Calcutta medical institutions reports 1871-78
Year: 1871
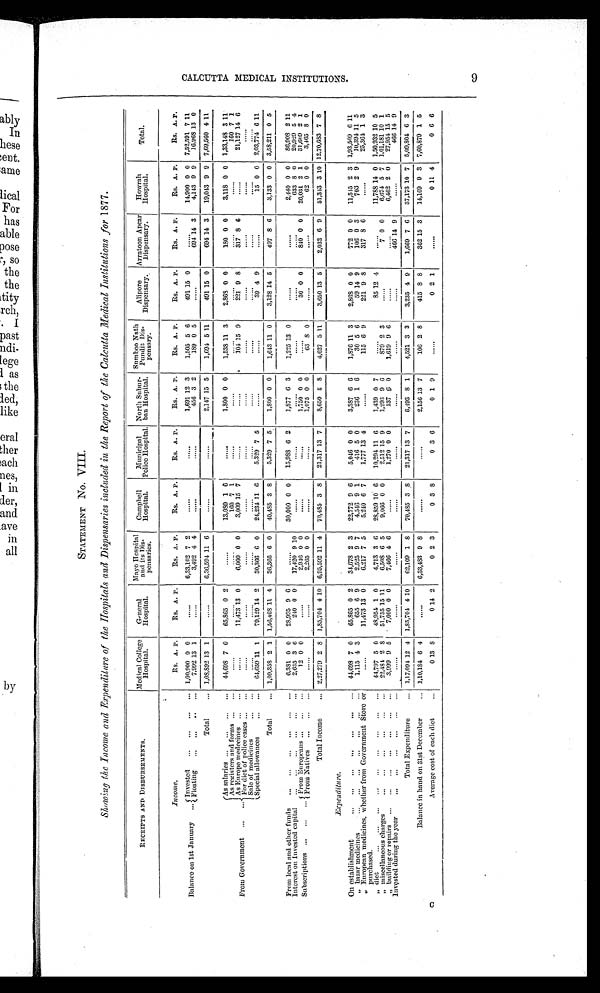
STATEMENT No. VIII.
Showing the Income and Expendilure of the Hospitals and Dispensaries included in the Report of the Calcytta Medical Institutions for 1877.
RECEIPTS AND DISBURSEMENTS.
Medical College
Hospital.
General
Hospital.
Mayo Hospital
and its Dis-
pensaries.
Campbell
Hospital.
Municipal
Police Hopital.
North Subur-
ban Hospital.
Sumboo Nath
pendit Dis-
pensary.
Alipore
Dispensary.
Arratoon Apcar
Dispensary.
Howrah
Hospital.
Total.
Balance . on 1st January
I n c o m .
R s . A. P.
Rs. A. P.
Rs. A. P.
Ks. A. P.
Rs. A. P.
Rs. A. P.
R S . A. P.
Rs. A. P.
Rs. A. P.
Rs. A. P.
Rs. A.
P .
Invested
1 , 0 0 , 9 0 0 0 0
. . . . . .
6 , 3 3 , 1 0 2 7 2
. . . . . . .
. . . . . .
1,691 12 3
1,505 5 6
491 15 0
. . . . . .
14,900 0 0 7,52,591 7 11
Floating
7 , 9 9 2 1 3 1
. . . . . .
3,492 4 4
. . . . . .
. . . . . . .
456 3 2
189 0 5
. . . . . .
694 14 3
4,143 9 9
1 6 , 9 6 8 13 0
Total
1,08,892 13 1
. . . . . .
6,36,594 11 6
. . . . . .
. . . . . .
2,147 15 5
1,691 5 11
4 9 1 15 0
6 9 4 14 3
19,043 9 9 7,69,560 4 11
From Government
As salaries.
44,698 7 0
65,865 0 2
. . . . . .
13,080 1 6
. . . . . .
1 , 8 0 0 0 0
1,538 11 3
2,868 0 0
1 8 0 0 0
3,118 0 0 1,33,148 3 11
Asregisters and forms medcci
. . . . . .
. . . . . .
. . . . . .
160 7 1
. . . . . .
. . . . . .
. . . . . .
. . . . . .
. . . . . .
. . . . . . .
1 6 0 7
1
As Europe medccines
. . . . . .
11,473 13 0
6,000 0 0
3,009 15 7
. . . . . .
. . . . .
1 0 4 15 9
221 9 8
317 8 6
. . . . . . .
21,127 14 6
For diet of police cases
. . . . . .
. . . . . .
. . . . . .
. . . . . .
. . . . . .
. . . . . .
. . . . . .
. . . . . . .
. . . . . .
Sale of medicines
Special allowances
64,659 11 1
79,129 14 2
30,366 6 0
24,234 11 6
5,329 7 5
. . . . . .
. . . . . .
39 4 9
. . . . . . .
15 0 0 2,03,774 6 11
Total
1,09,358 2 1 1,56,468 11 4
36,366 6 0
40,485 3 8
5,329 7 5
1,800 0 0
1,643 11 0
3,128 14 5
497 8 6
3,133 0 0 3,58,211 0 5
From local and other funds
6 , 3 8 1 0 0
28,995 9 6
. . . . . .
30,000 0 0
15,988 6 2
1,877 6 3
1,225 13 0
. . . . . .
. . . . . .
2,440 0 0
8 6 , 9 0 8 2
1 1
Interest on Invested capital
2,635 3 6
240 0 0
1 7 , 4 2 0 9 10
. . . . . .
. . . . . .
. . . . . . .
. . . . . .
. . . . . .
. . . . . .
6 3 3 8 0
20,929 5 4
Subscriptions
From Europcans
12 0 0
......
2 , 9 4 6 0 0
. . . . . . .
......
1,750 0 0
. . . . . .
3 0 0 0
8 4 0 0 0
26,031 2 1
31,659 2 1
F r o m N a t i v e s
. . . . . . .
. . . . . . .
2,265 0 0
. . . . . .
. . . . . .
1,075 0 0
63 8 0
. . . . . . .
62 0 0
3,465 8 0
Total Income
2,27,279 2 8 1,85,704 4 10 6,95,592 11 4
70,485 3 8
21,317 13 7
8,650 5
8
4,627 5 11
3,650 13 5
2,032 6 9
51,313 3 10
1 2 , 7 0 , 6 8 3 7 8
E x p e n d i t u r e .
On establishment
44,698 7 0
65,865 0 2
34,678 2 3
22,772 9 6
5,046 0 0
3,387 6 6
1,876 11 3
2,868 0 0
772 0 0
11,545 2 3 1,93,509 6 11
„ " bazar medicines
.
...
1,115 4 3
655 6 9
2,525 9 7
4,546 9 1
416 5 0
236 1 6
30 5 6
59 14 9
106 0 3
703 2 9
10,394 11 5
„ European medicines, whether from Government Store or purchased
. . . . . .
11,473 13 0
6,217 7 5
5,240 6 7
1,777 13 4
. . . . . .
115 6 9
221 9 8
317 8 6
.....
25,364 1 3
„ d i e t
44,797 5 0
48,954 1 0
4,713 3 6
28,859 10 6
10,294 11 6
1,439 0 7
. . . . . .
85 12 4
......
11,788 14 0 1,50,932 10 5
„ "miscellaneous charges
2 2 , 4 8 4 2 8
51,755 15 11
6,508 6 5
9,066 0 0
2,512 15 9
1,293 9 6
8 7 9 2 3
. . . . . .
7 0 0
6,674 5 7 1,01,181 10 1
" b u l i d i u g o r r e p a i r s
3,099 9 5
7,000 0 0
7,466 4 6
. . . . . .
1,270 0 0
137
6 0
1,619 9 6
. . . . . . .
. . . . . .
6,462 2 0
2
7,9 54 15 5
Invested during the year
. . . . . .
. . . . . .
. . . . . .
. . . . . .
. . . . . .
. . . . . .
. . . . . .
. . . . . .
466 14 9
. . . . . .
4 6 6 1 4
9
Total Expenditure
1,17,094 12 4 1,85,704 4 10
62,109 1
8
70,485 3 8
21,317 13 7
6,493
8 1
4,521 3 3
3,235 4 9
1,669 7 6
37,173 10 7 5,09,804 6 3
Balance in hand on 31st December
1 , 1 0 , 1 8 4 6 4
. . . . . . .
6 , 3 3 , 4 8 3 9 8
. . . . . .
. . . . . .
2,156 13 7
106 2 8
415 8
8
362 15 3
14,169 9 3 7,60,879 1 5
Average cost of each diet
0 13
8
0 14 2
0 2 3
0 3 8
0 3 6
0 1 9
. . . . . .
0 2 1
. . . . . .
0
1 1 4
0 6 6
C A L C U T T A M E D I C A L I N S T I T U T I O N S .
9